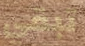
تبقي